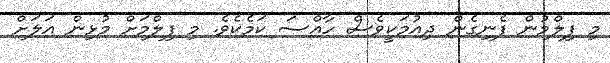
މި ފިލްމުން ފެނިގެން ދިއުމަކީވެސް ހާއްސަ ކަމެކެވެ. މި ފިލްމަށް މުޅިން އަލަށް